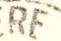
RE